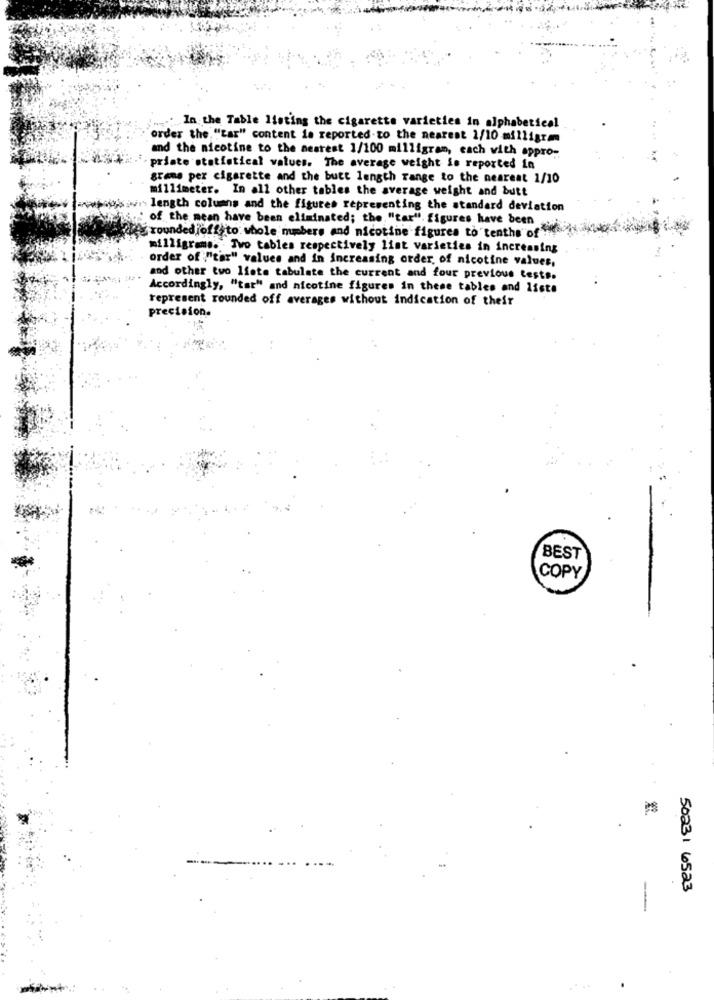
.... In the Table listing the cigarette varieties in alphabetical
order the "tar" content is reported to the nearest 2/10 milligram
and the nicotine to the nearest 1/100 milligram, each with appro-
priate statistical values. The average weight is reported in
grams per cigarette and the butt length range to the nearest 1/10
millimeter. In all other tables the average weight and butt
os wir length columns and the figures representing the standard deviation
of the mean have been eliminated; the. "tar". figures have been
roundedjoffsto whole numbers and nicotine figures to tenths off
milligrams. Ivo tables respectively list varieties in increasing
order of "tar" values and In increasing order of nicotine values,
and other two Ifate tabulate the current and four previous tests.
Accordingly, "tar" and nicotine figures in these tables and lista
represent rounded off averages without indication of their
precision.
BEST
COPY
es
50231 6523